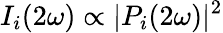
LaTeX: I_{i}(2\omega)\propto|P_{i}(2\omega)|^{2}